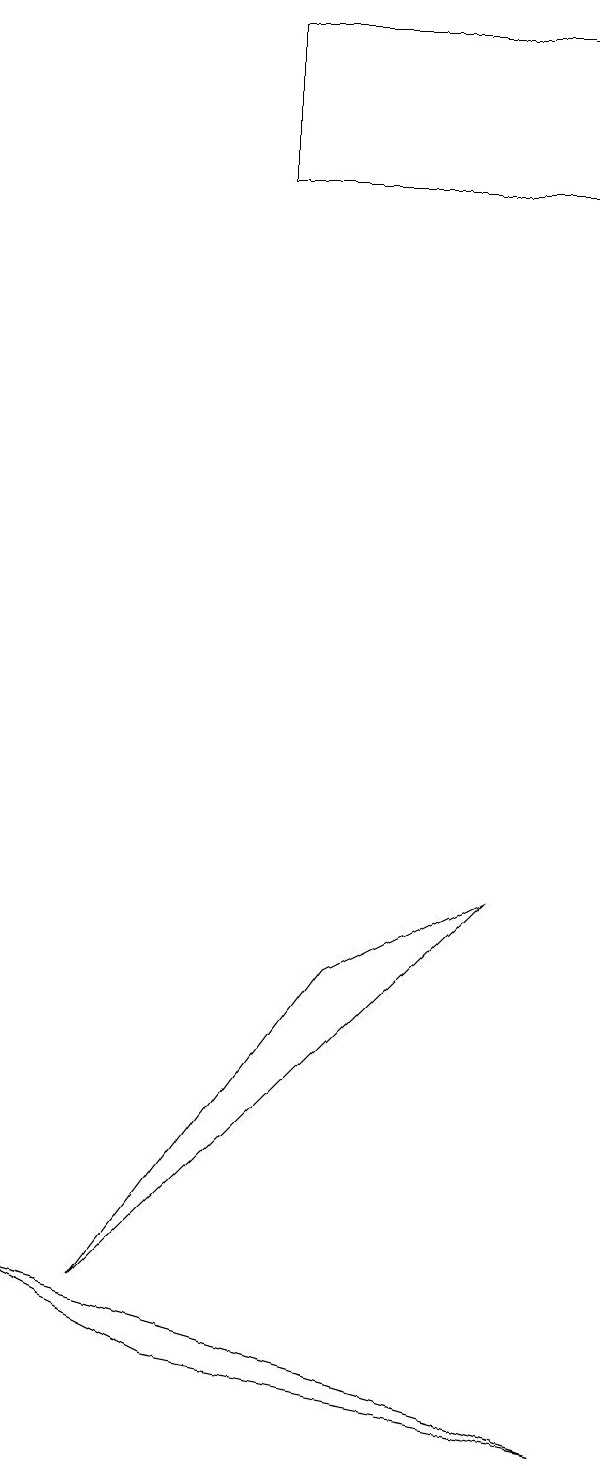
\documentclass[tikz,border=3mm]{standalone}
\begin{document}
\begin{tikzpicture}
\draw (5,6) -- (7,7) -- (2,2) -- cycle;
\draw (3,1) -- (8,0) -- (1,2) -- cycle;
\draw (4,16) rectangle (8,18);
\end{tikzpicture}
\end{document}